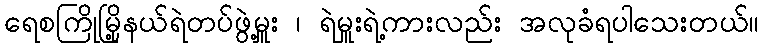
ရေစကြိုမြို့နယ်ရဲတပ်ဖွဲ့မှူး ၊ ရဲမှူးရဲ့ကားလည်း အလုခံရပါသေးတယ်။